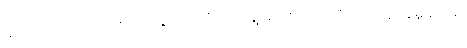
မူလထဲက အဲလက်စ်က ၉ရွာ တလုံးမှာ ရွှေပြည်စိုးငှက်ကို စိုးရိမ်ပူပန်မှုများမှာ